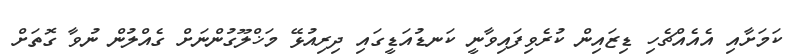
ކަމަށާއި އެއެއްޗެހި ޑިޒައިން ކުރެވިފައިވާނީ ކަނޑުއަޑީގައި ދިރިއުޅޭ މަޚްލޫގުންނަށް ގެއްލުން ނުވާ ގޮތަށް